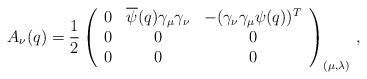
LaTeX: \begin{align*}A_\nu(q) = \frac{1}{2}\left( \begin{array}{ccc} 0 & \overline\psi(q) \gamma_\mu\gamma_\nu& -(\gamma_\nu \gamma_\mu \psi(q))^T \\0 & 0 & 0 \\0 & 0 & 0 \end{array}\right)_{(\mu,\lambda)} \, ,\end{align*}